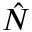
\hat { N }